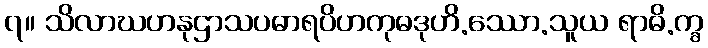
၇။ သိလာဃဟနုဌာသပဓာရပိဟကုဓဒုဟိ.ဿော.သူယ ရာဓိ.က္ခ